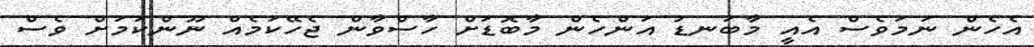
އެހެން ނަމަވެސް އެއީ މާބަނޑު އަންހެން މާބޮޑަށް ހާސްވާން ޖެހޭކަމެއް ނޫންކަމަށް ވެސް